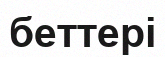
беттері